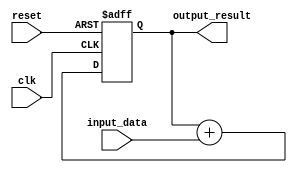
module PipelineAccumulator (
    input wire clk,
    input wire reset,
    input wire [7:0] input_data,
    output reg [31:0] output_result
);

reg [31:0] accumulator;

always @(posedge clk or posedge reset) begin
    if (reset) begin
        accumulator <= 32'b0;
    end else begin
        accumulator <= accumulator + input_data;
    end
end

assign output_result = accumulator;

endmodule